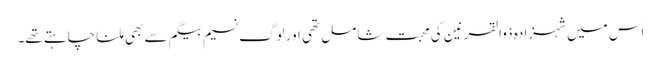
اس میں شہزادہ ذوالقرنین کی محبت شامل تھی اور لوگ نسیم بیگم سے بھی ملنا چاہتے تھے۔